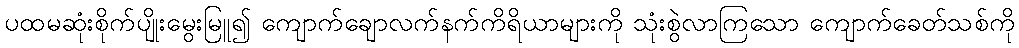
ပထမဆုံးစိုက်ပျိုးမွေးမြူ၍ ကျောက်ချောလက်နက်ကိရိယာများကို သုံးစွဲလာကြသော ကျောက်ခေတ်သစ်ကို